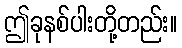
ဤခုနစ်ပါးတို့တည်း။